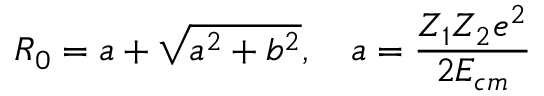
R _ { 0 } = a + \sqrt { a ^ { 2 } + b ^ { 2 } } , \quad a = \frac { Z _ { 1 } Z _ { 2 } e ^ { 2 } } { 2 E _ { c m } }